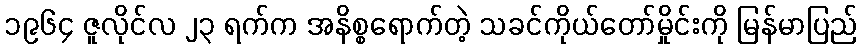
၁၉၆၄ ဇူလိုင်လ ၂၃ ရက်က အနိစ္စရောက်တဲ့ သခင်ကိုယ်တော်မှိုင်းကို မြန်မာပြည်